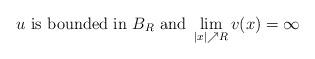
LaTeX: \begin{align*} u\ \mbox{is bounded in}\ B_{R}\ \mbox{and}\ \lim\limits_{|x|\nearrow R}v(x)=\infty\end{align*}